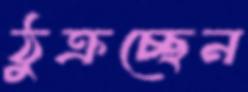
ঠুক্‌রচ্ছেন